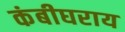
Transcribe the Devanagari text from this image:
कंबीघराय